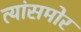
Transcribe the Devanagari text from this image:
त्यांसमोर